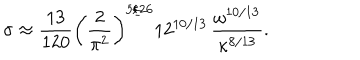
\sigma \approx \frac { 1 3 } { 1 2 0 } \left( \frac { 2 } { \pi ^ { 2 } } \right) ^ { 5 / 2 6 } 1 2 ^ { 1 0 / 1 3 } \, \frac { \omega ^ { 1 0 / 1 3 } } { \kappa ^ { 8 / 1 3 } } .